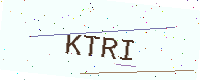
Text: KTRI